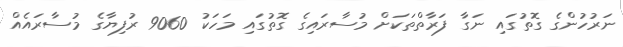
ނަރުހުންގެ ގޮތުގައި ނަގާ ފަރާތްތަކަށް މުސާރައިގެ ގޮތުގައި މަހަކު 9060 ރުފިޔާގެ މުސާރައެއް